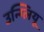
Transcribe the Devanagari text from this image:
उन्ग्लियू